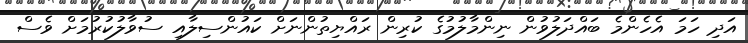
އަދި ހަމަ އެހެންމެ ބައްދަލުވުން ނިންމާލުމުގެ ކުރިން ރައްޔިތުންނަށް ކައުންސިލާއި ސުވާލުކުރުމަށް ވެސް